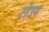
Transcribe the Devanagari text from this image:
टॉउन